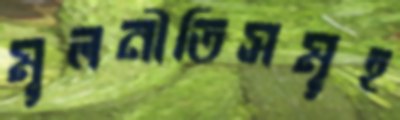
মূলনীতিসমূহ